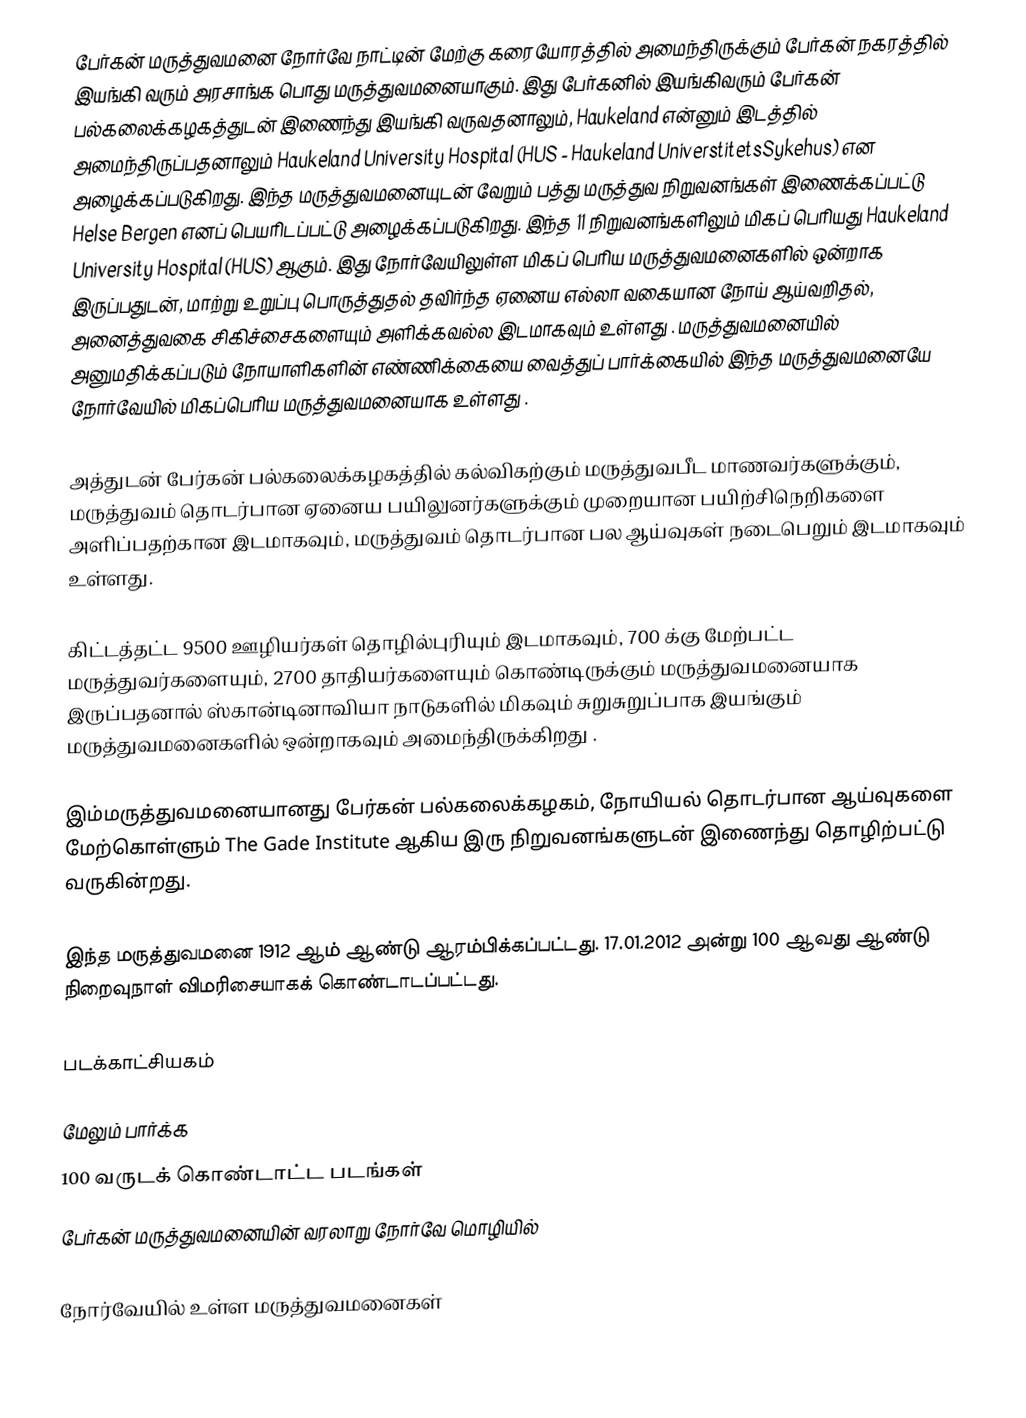
பேர்கன் மருத்துவமனை நோர்வே நாட்டின் மேற்கு கரையோரத்தில் அமைந்திருக்கும் பேர்கன் நகரத்தில் இயங்கி வரும் அரசாங்க பொது மருத்துவமனையாகும். இது பேர்கனில் இயங்கிவரும் பேர்கன் பல்கலைக்கழகத்துடன் இணைந்து இயங்கி வருவதனாலும், Haukeland என்னும் இடத்தில் அமைந்திருப்பதனாலும் Haukeland University Hospital (HUS - Haukeland UniverstitetsSykehus)  என அழைக்கப்படுகிறது. இந்த மருத்துவமனையுடன் வேறும் பத்து மருத்துவ நிறுவனங்கள் இணைக்கப்பட்டு Helse Bergen  எனப் பெயரிடப்பட்டு அழைக்கப்படுகிறது. இந்த 11 நிறுவனங்களிலும் மிகப் பெரியது Haukeland University Hospital (HUS) ஆகும். இது நோர்வேயிலுள்ள மிகப் பெரிய மருத்துவமனைகளில் ஒன்றாக இருப்பதுடன், மாற்று உறுப்பு பொருத்துதல் தவிர்ந்த ஏனைய எல்லா வகையான நோய் ஆய்வறிதல், அனைத்துவகை சிகிச்சைகளையும் அளிக்கவல்ல இடமாகவும் உள்ளது . மருத்துவமனையில் அனுமதிக்கப்படும் நோயாளிகளின் எண்ணிக்கையை வைத்துப் பார்க்கையில் இந்த மருத்துவமனையே நோர்வேயில் மிகப்பெரிய மருத்துவமனையாக உள்ளது .

அத்துடன் பேர்கன் பல்கலைக்கழகத்தில் கல்விகற்கும் மருத்துவபீட மாணவர்களுக்கும், மருத்துவம் தொடர்பான ஏனைய பயிலுனர்களுக்கும் முறையான பயிற்சிநெறிகளை அளிப்பதற்கான இடமாகவும், மருத்துவம் தொடர்பான பல ஆய்வுகள் நடைபெறும் இடமாகவும் உள்ளது.

கிட்டத்தட்ட 9500 ஊழியர்கள் தொழில்புரியும் இடமாகவும், 700 க்கு மேற்பட்ட மருத்துவர்களையும், 2700 தாதியர்களையும் கொண்டிருக்கும் மருத்துவமனையாக இருப்பதனால் ஸ்கான்டினாவியா நாடுகளில் மிகவும் சுறுசுறுப்பாக இயங்கும் மருத்துவமனைகளில் ஒன்றாகவும் அமைந்திருக்கிறது .

இம்மருத்துவமனையானது பேர்கன் பல்கலைக்கழகம், நோயியல் தொடர்பான ஆய்வுகளை மேற்கொள்ளும் The Gade Institute  ஆகிய இரு நிறுவனங்களுடன் இணைந்து தொழிற்பட்டு வருகின்றது.

இந்த மருத்துவமனை 1912 ஆம் ஆண்டு ஆரம்பிக்கப்பட்டது. 17.01.2012 அன்று 100 ஆவது ஆண்டு நிறைவுநாள் விமரிசையாகக் கொண்டாடப்பட்டது.

படக்காட்சியகம்

மேலும் பார்க்க
 100 வருடக் கொண்டாட்ட படங்கள்
 பேர்கன் மருத்துவமனையின் வரலாறு நோர்வே மொழியில்

நோர்வேயில் உள்ள மருத்துவமனைகள்